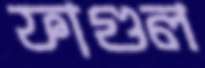
ফাগুল